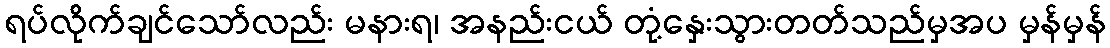
ရပ်လိုက်ချင်သော်လည်း မနားရ၊ အနည်းငယ် တုံ့နှေးသွားတတ်သည်မှအပ မှန်မှန်